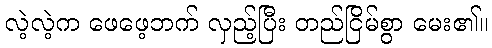
လဲ့လဲ့က ဖေဖေ့ဘက် လှည့်ပြီး တည်ငြိမ်စွာ မေး၏။